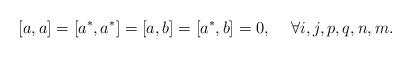
LaTeX: \begin{align*}[a , a] = [a^{*}, a^{*} ] = [a , b] = [a^{*} , b ] = 0 , \hspace{5mm}\forall i, j, p, q, n, m .\end{align*}